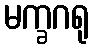
မက္ခဂရု